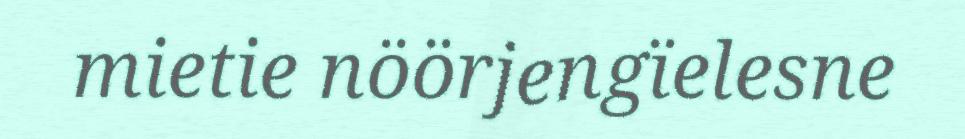
mietie nöörjengïelesne